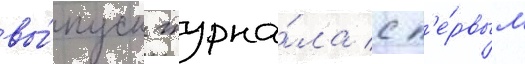
вы́пуск журна́ла с п'е́рвым